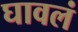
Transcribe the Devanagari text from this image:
घावलं